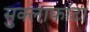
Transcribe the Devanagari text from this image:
सुक्लाफांटा